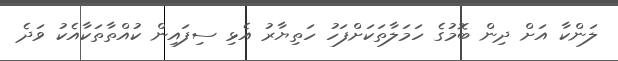
ލަންކާ އަށް ދިން ބޮމުގެ ހަމަލާތަކަށްފަހު ހަތިޔާރު އެޅި ސިފައިން ކުއްތާތަކާއެކު ވަދެ